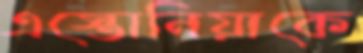
এস্তোনিয়াকে